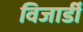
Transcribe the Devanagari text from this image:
विजार्डी